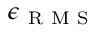
\epsilon _ { \mathrm { ~ R ~ M ~ S ~ } }